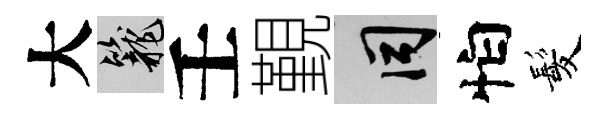
大籠壬覲间怕髪